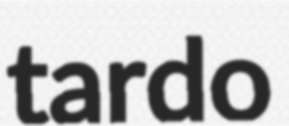
tardo